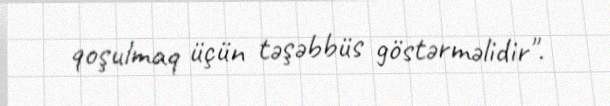
qoşulmaq üçün təşəbbüs göstərməlidir".